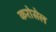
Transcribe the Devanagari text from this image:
करोसेल